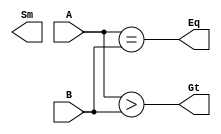
module comparator_df2(Eq, Gt, Sm, A, B);
  
  input [3:0]A, B;
  output Eq, Gt, Sm;
  
  assign Eq= (A==B);
  assign Gt= (A>B);
  assign sm= (A<B);
  
endmodule